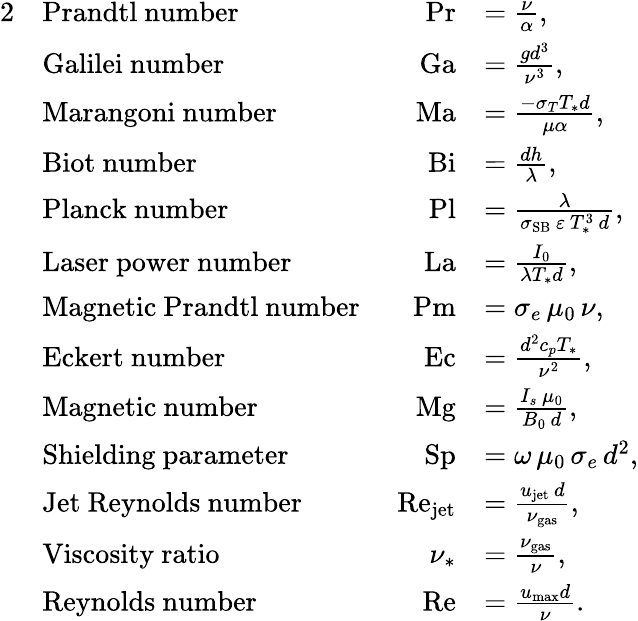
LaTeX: \begin{array}{rlrl}{{2}}&{\mathrm{Prandtl~number}}&{\, \, \operatorname*{Pr}}&{=\frac{\nu}{\alpha},}\\ &{\mathrm{Galilei~number}}&{\, \, \mathrm{Ga}}&{=\frac{gd^{3}}{\nu^{3}},}\\ &{\mathrm{Marangoni~number}}&{\, \, \mathrm{Ma}}&{=\frac{-\sigma_{T}T_{\ast}d}{\mu\alpha},}\\ &{\mathrm{Biot~number}}&{\, \, \mathrm{Bi}}&{=\frac{dh}{\lambda},}\\ &{\mathrm{Planck~number}}&{\, \, \mathrm{Pl}}&{=\frac{\lambda}{\sigma_{\mathrm{SB}}\, \varepsilon\, T_{\ast}^{3}\, d},}\\ &{\mathrm{Laser~power~number}}&{\, \, \mathrm{La}}&{=\frac{I_{0}}{\lambda T_{\ast}d},}\\ &{\mathrm{Magnetic~Prandtl~number}}&{\, \, \mathrm{Pm}}&{=\sigma_{e}\, \mu_{0}\, \nu,}\\ &{\mathrm{Eckert~number}}&{\, \, \mathrm{Ec}}&{=\frac{d^{2}c_{p}T_{\ast}}{\nu^{2}},}\\ &{\mathrm{Magnetic~number}}&{\, \, \mathrm{Mg}}&{=\frac{I_{s}\, \mu_{0}}{B_{0}\, d},}\\ &{\mathrm{Shielding~parameter}}&{\, \, \mathrm{Sp}}&{=\omega\, \mu_{0}\, \sigma_{e}\, d^{2},}\\ &{\mathrm{Jet~Reynolds~number}}&{\, \, \mathrm{Re}_{\mathrm{jet}}}&{=\frac{u_{\mathrm{jet}}\, d}{\nu_{\mathrm{gas}}},}\\ &{\mathrm{Viscosity~ratio}}&{\, \, \nu_{\ast}}&{=\frac{\nu_{\mathrm{gas}}}{\nu},}\\ &{\mathrm{Reynolds~number}}&{\, \, \mathrm{Re}}&{=\frac{u_{\mathrm{max}}d}{\nu}.}\end{array}